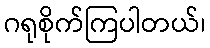
ဂရုစိုက်ကြပါတယ်၊